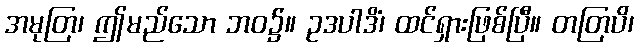
အမုတြ၊ ဤမည်သော ဘဝ၌။ ဥဒပါဒိံ၊ ထင်ရှားဖြစ်ပြီ။ တတြပိ၊